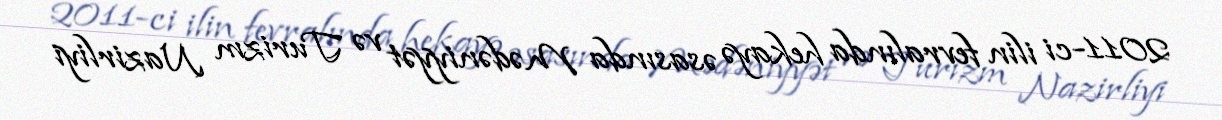
2011-ci ilin fevralında hekayə əsasında Mədəniyyət və Turizm Nazirliyi